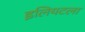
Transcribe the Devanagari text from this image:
इलियटला